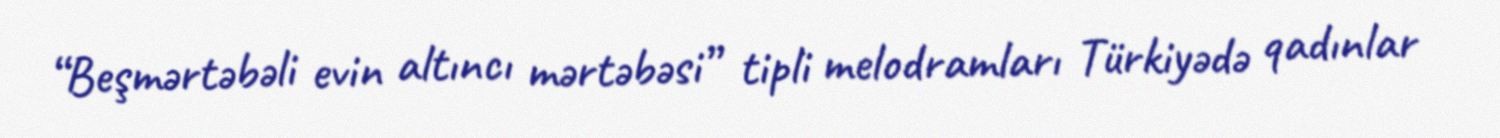
“Beşmərtəbəli evin altıncı mərtəbəsi” tipli melodramları Türkiyədə qadınlar